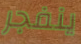
ينفجر